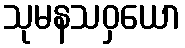
သုမနသဝှယော